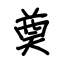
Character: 奠